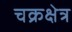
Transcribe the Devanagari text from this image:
चक्रक्षेत्र